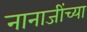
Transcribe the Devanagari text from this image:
नानाजींच्या